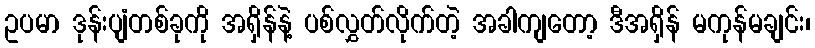
ဥပမာ ဒုန်းပျံတစ်ခုကို အရှိန်နဲ့ ပစ်လွှတ်လိုက်တဲ့ အခါကျတော့ ဒီအရှိန် မကုန်မချင်း၊